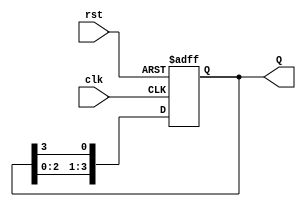
module ring_counter #(
    parameter N = 4  // Number of flip-flops (bits)
)(
    input wire clk,   // Clock signal
    input wire rst,   // Asynchronous reset signal
    output reg [N-1:0] Q  // Output state of the ring counter
);

// Initial state for the ring counter
initial begin
    Q = 1'b1;  // Start with only the least significant bit set to '1'
end

always @(posedge clk or posedge rst) begin
    if (rst) begin
        Q <= 1'b1;  // Reset to initial state (only one '1')
    end else begin
        // Shift the '1' to the left
        Q <= {Q[N-2:0], Q[N-1]};
    end
end

endmodule